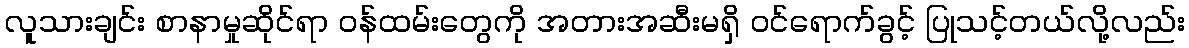
လူသားချင်း စာနာမှုဆိုင်ရာ ဝန်ထမ်းတွေကို အတားအဆီးမရှိ ဝင်ရောက်ခွင့် ပြုသင့်တယ်လို့လည်း